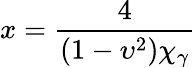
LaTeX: x=\frac{4}{(1-\upsilon^{2})\chi_{\gamma}}